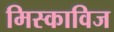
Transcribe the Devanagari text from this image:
मिस्काविज